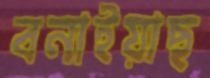
বনাইয়াছ